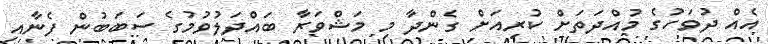
އެއް ދުވަހުގެ މުއްދަތަށް ކުރިއަށް ގެންދާ މި މަޝްވަރާ ބައްދަލުވުމުގެ ސަބަބުން ފެނާއި